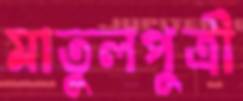
মাতুলপুত্রী